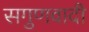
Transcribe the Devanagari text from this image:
सगुणवादी